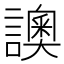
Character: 䜒